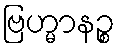
ဗြဟ္မာနဉ္စ